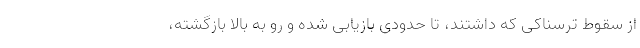
از سقوط ترسناکی که داشتند، تا حدودی بازیابی شده و رو به بالا بازگشته،